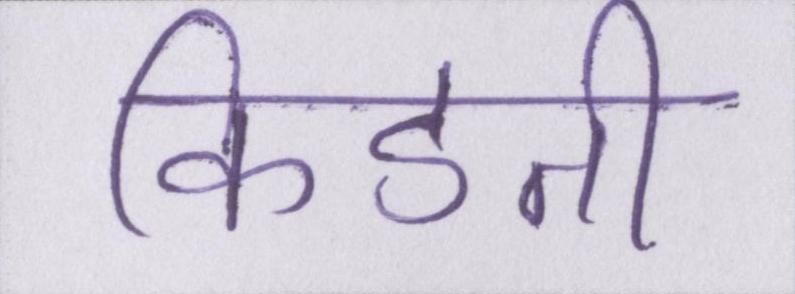
किडनी